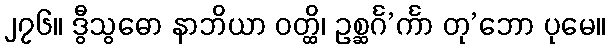
၂၇၆။ ဒွီသွဓော နာဘိယာ ဝတ္ထိ၊ ဥစ္ဆင်္ဂ’င်္ကာ တု’ဘော ပုမေ။